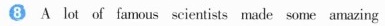
8.A lot of famous scientists made some amazing